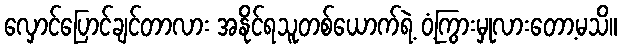
လှောင်ပြောင်ချင်တာလား အနိုင်ရသူတစ်ယောက်ရဲ့ ဝံ့ကြွားမှုလားတော့မသိ။